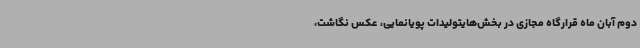
دوم آبان ماه قرارگاه مجازی در بخش‌هایتولیدات پویانمایی، عکس نگاشت،